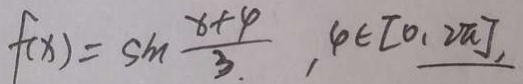
f ( x ) = \sin \frac { x + 4 } { 3 } , 4 \in [ 0 , 2 \pi ]